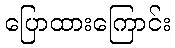
ပြောထားကြောင်း